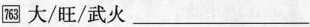
\boxed{763} 大/旺/武火 ___